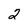
Character: 2